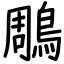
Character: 鵰